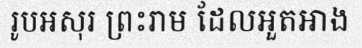
រូបអសុរ ព្រះរាម ដែលអួតអាង